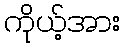
ကိုယ့်အား